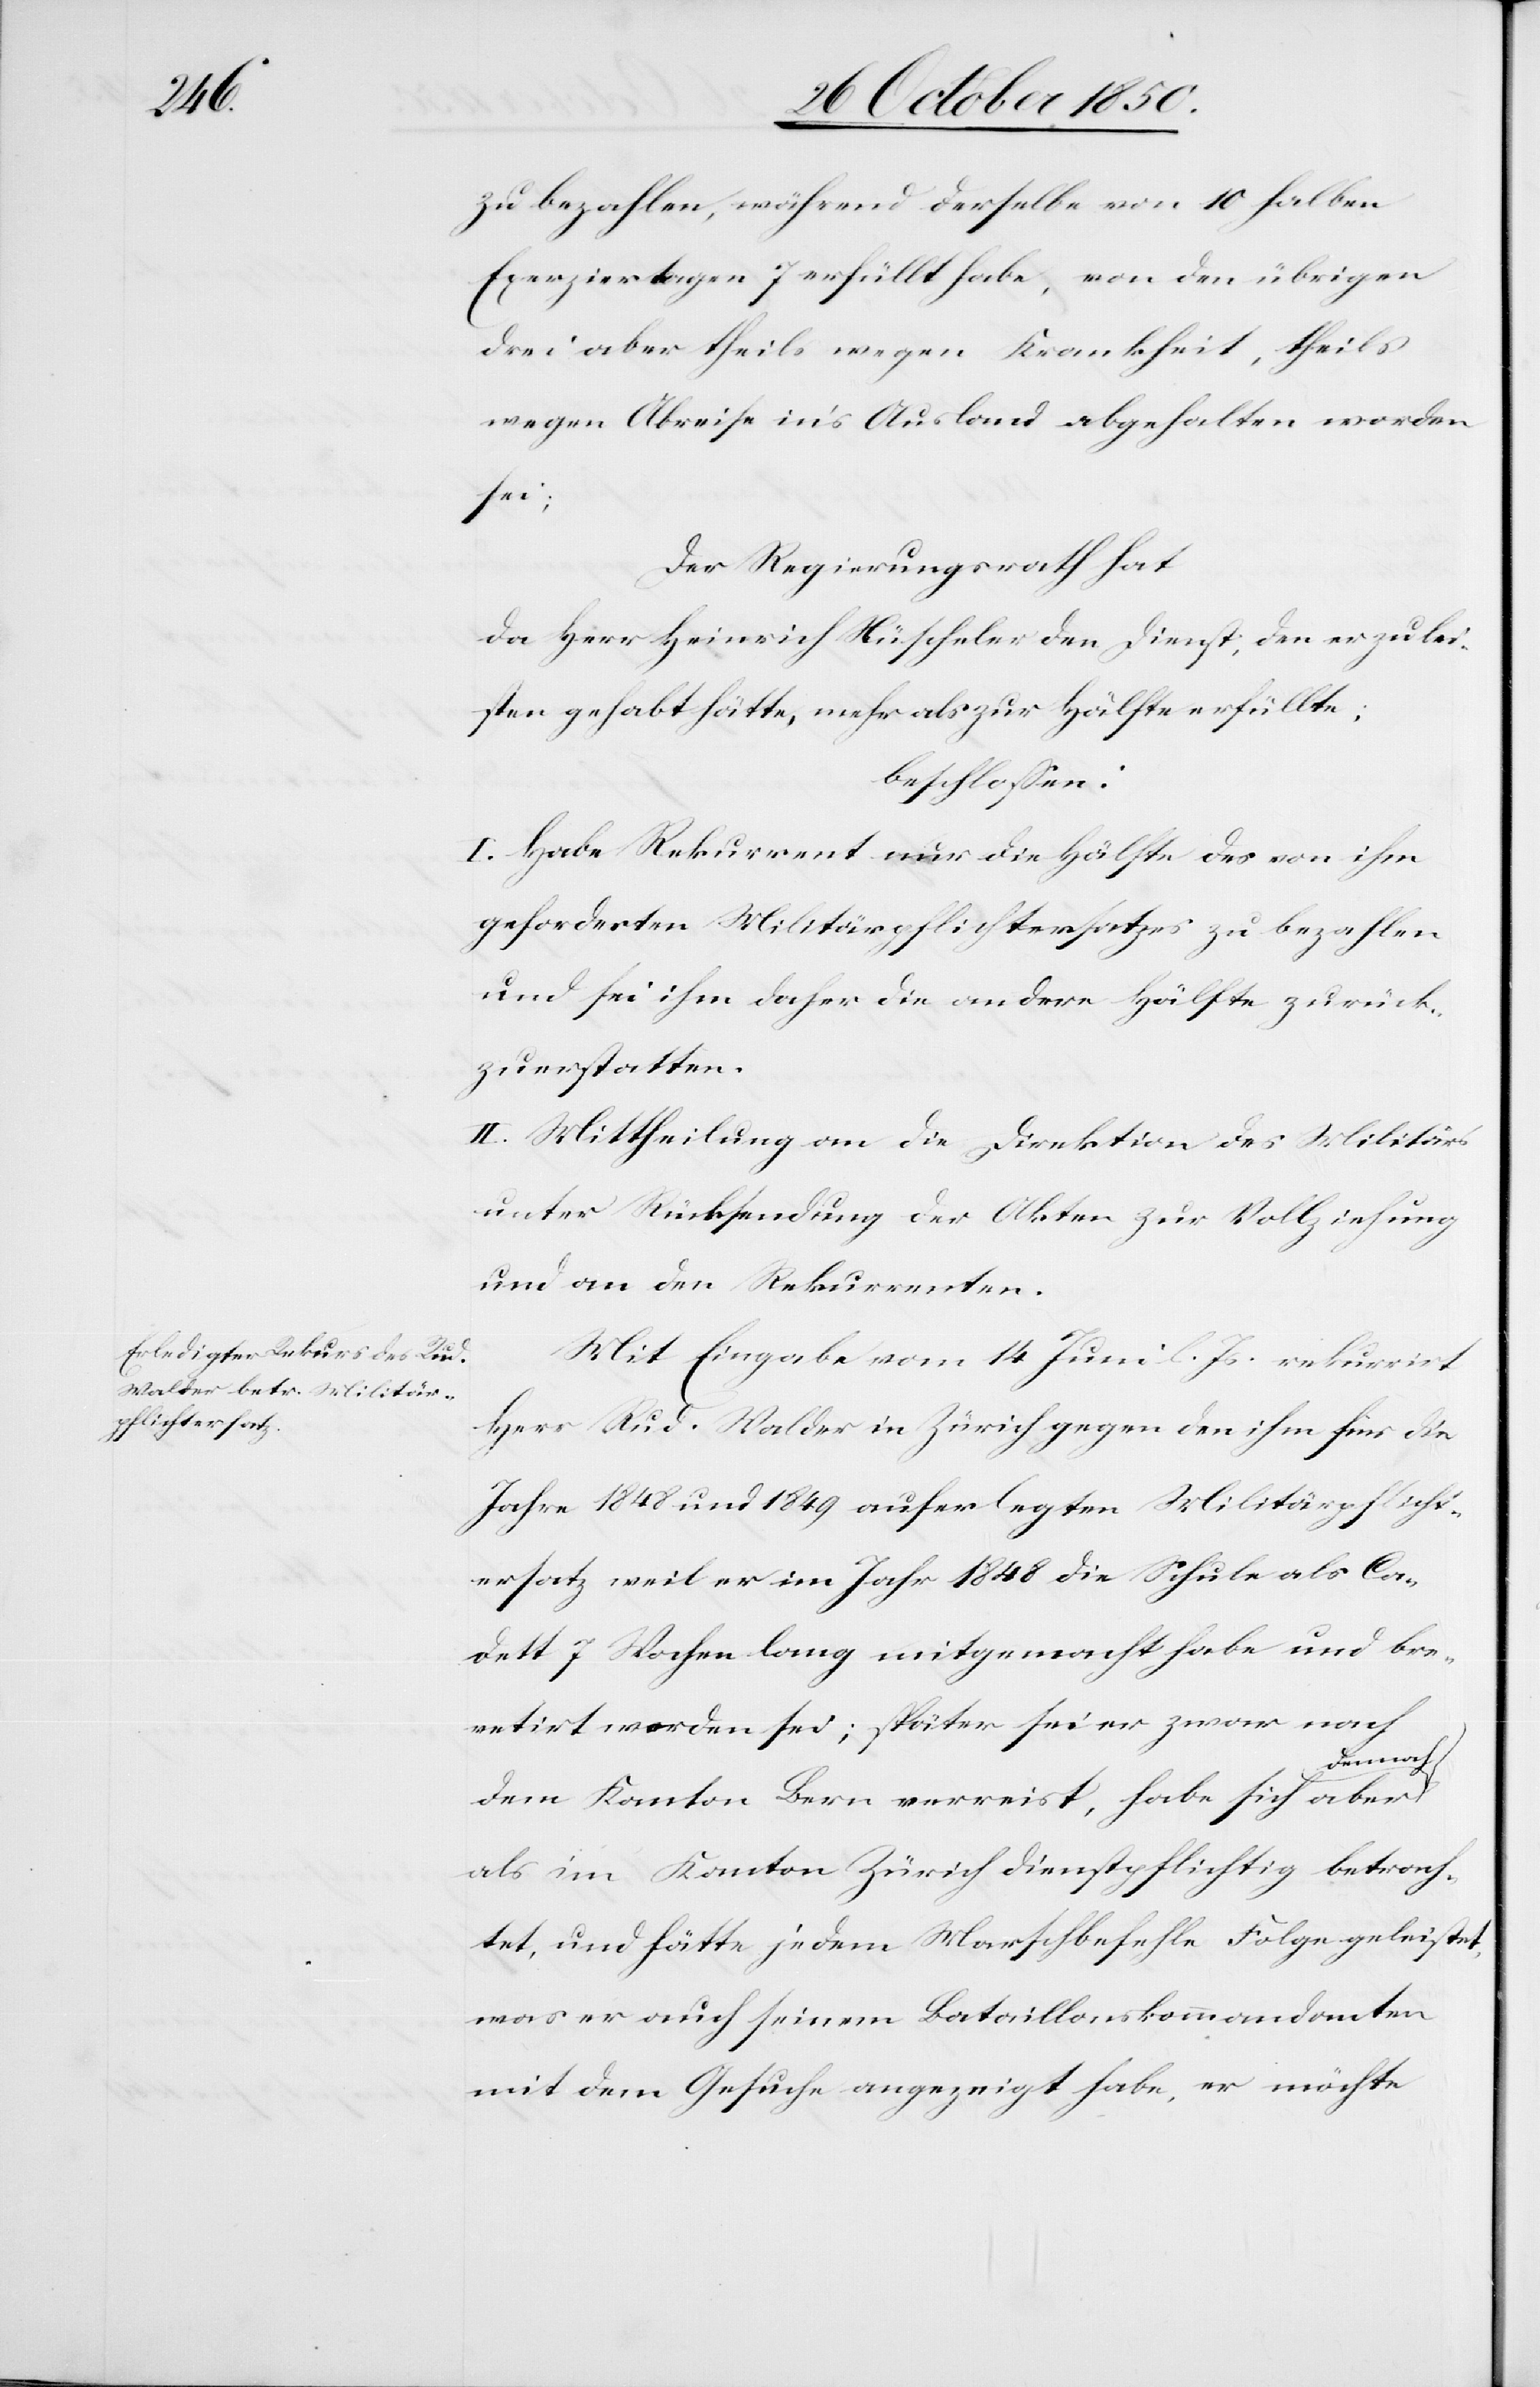
zu bezahlen, während derselbe von 10 halben
Exerziertagen 7 erfüllt habe, von den übrigen
drei aber theils wegen Krankheit, theils
wegen Abreise in’s Ausland abgehalten worden
sei;
Der Regierungsrath hat
da Herr Heinrich Nüscheler den Dienst, den er zu lei¬
sten gehabt hätte, mehr als zur Hälfte erfüllte;
beschlossen:
I. Habe Rekurrent nur die Hälfte des von ihm
geforderten Militärpflichtersatzes zu bezahlen
und sei ihm daher die andere Hälfte zurück¬
zuerstatten.
II. Mittheilung an die Direktion des Militärs
unter Rücksendung der Akten zur Vollziehung
und an den Rekurrenten.
Mit Eingabe vom 14 Juni l. Js. rekurrirt
Herr Rud. Walder in Zürich gegen den ihm für die
Jahre 1848 und 1849 auferlegten Militärpflicht¬
ersatz weil er im Jahr 1848 die Schule als Ca¬
dett 7 Wochen lang mitgemacht habe und bre¬
vetirt worden sei; später sei er zwar nach
dennoch
dem Kanton Bern verreist, habe sich aber
als im Kanton Zürich dienstpflichtig betrach¬
tet, und hätte jedem Marschbefehle Folge geleistet,
was er auch seinem Bataillonskommandanten
mit dem Gesuche angezeigt habe, er möchte